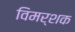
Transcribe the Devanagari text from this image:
विमर्शक